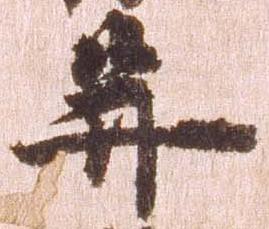
并